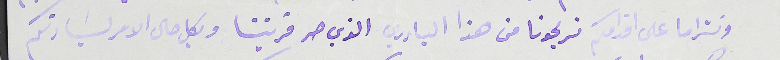
ونتراما على اقدامكم تريحونا من هذا البادري الذي حر قريتنا وبكل حال الامر لسَيادتكم